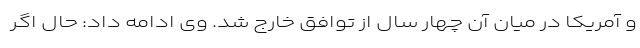
و آمریکا در میان آن چهار سال از توافق خارج شد. وی ادامه داد: حال اگر